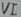
Text: VI